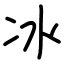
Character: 冰